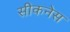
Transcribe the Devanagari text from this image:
सीकनेस